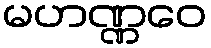
မဟဏ္ဏဝေ